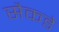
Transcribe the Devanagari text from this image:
सैकडे